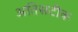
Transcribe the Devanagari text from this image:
अतिसटीक